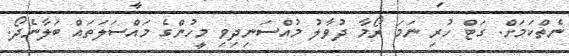
ނެތްކަމަށް. ގަޓް ހުރި ނަމަ ރޯމާ ދުވާލު މުއްސަނިދިވި މީހުންގެ މައްސަލަތައް ބަލާނެދޯ.